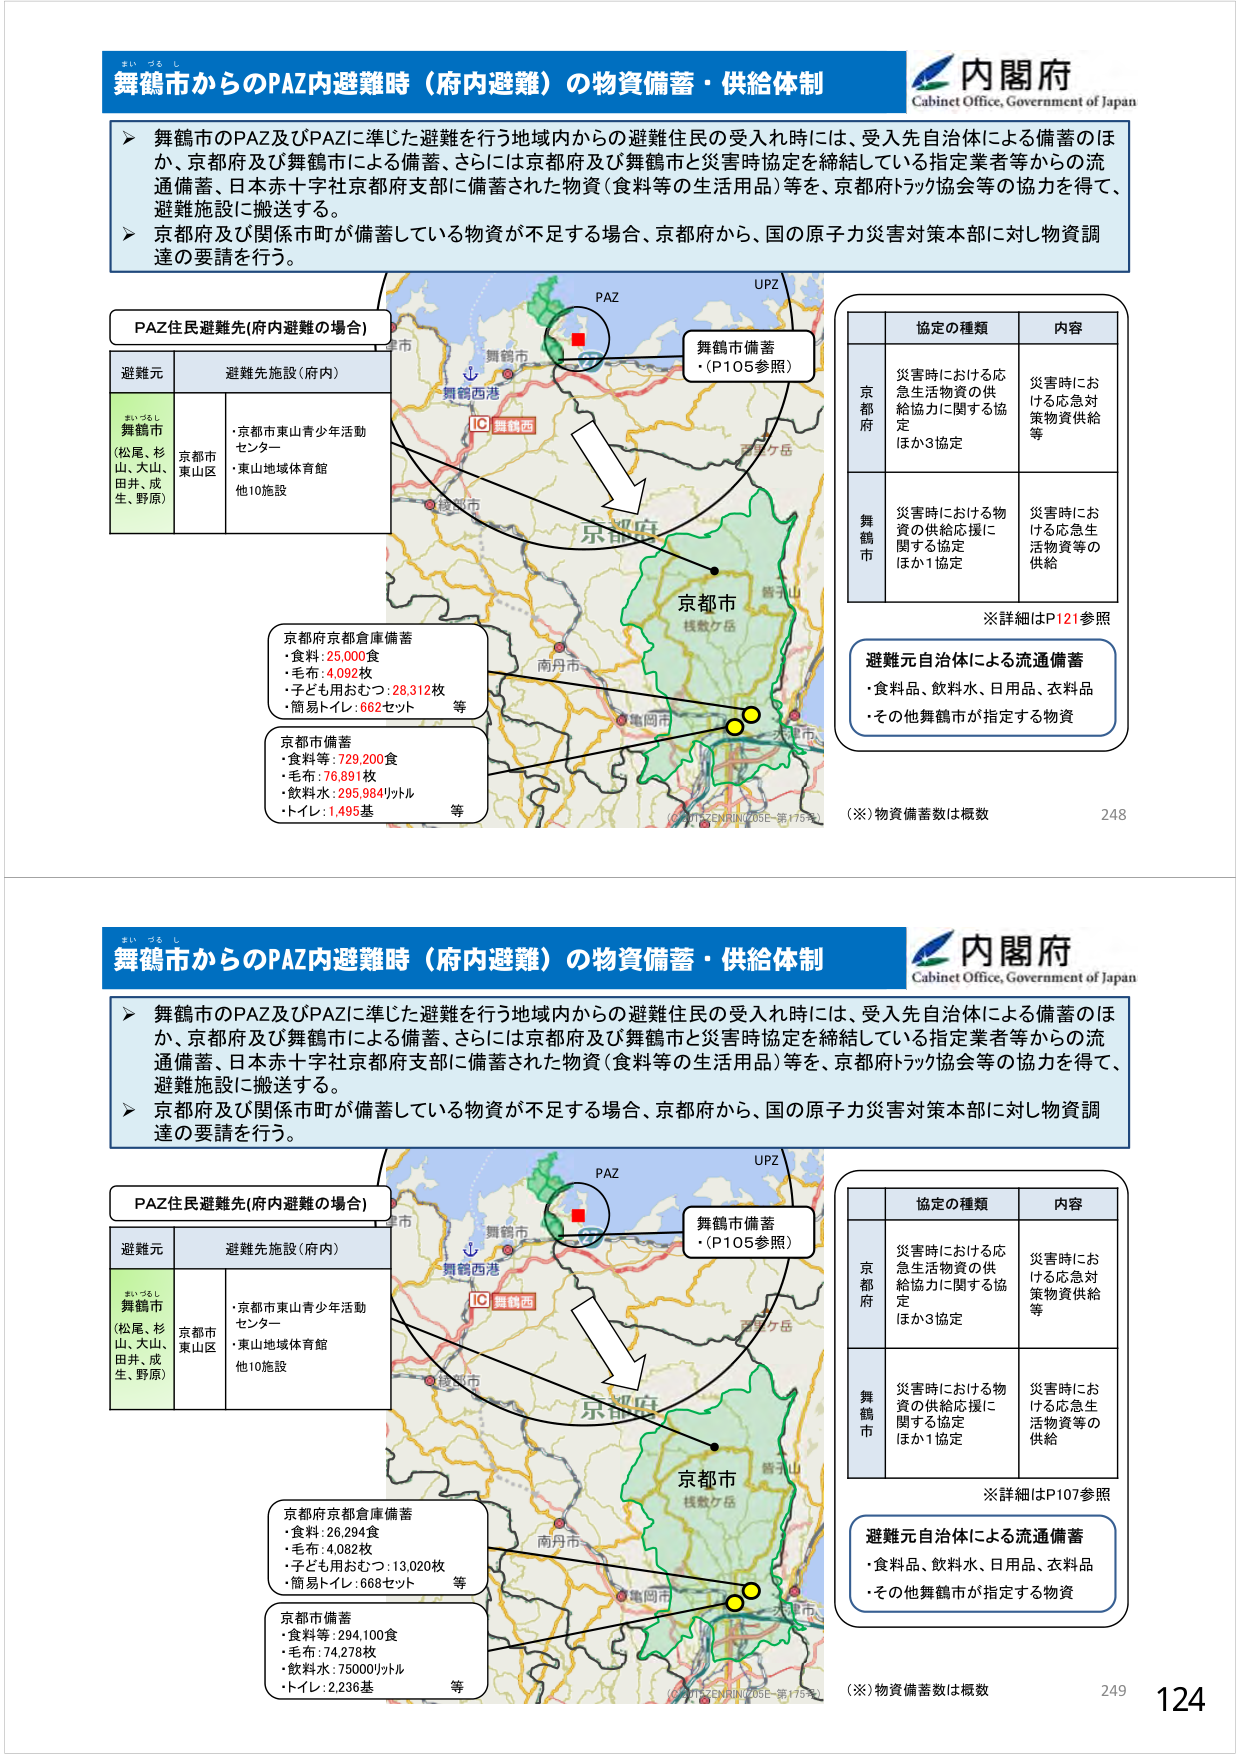
舞鶴市からのPAZ内避難時（府内避難）の物資備蓄・供給体制
内閣府
Cabinet Office, Government of Japan

➤ 舞鶴市のPAZ及びPAZIに準じた避難を行う地域内からの避難住民の受入れ時には、受入先自治体による備蓄のほか、京都府及び舞鶴市による備蓄、さらには京都府及び舞鶴市と災害時協定を締結している指定業者等からの流通備蓄、日本赤十字社京都府支部に備蓄された物資（食料等の生活用品）等を、京都府トラック協会等の協力を得て、避難施設に搬送する。
➤ 京都府及び関係市町が備蓄している物資が不足する場合、京都府から、国の原子力災害対策本部に対し物資調達の要請を行う。

PAZ住民避難先（府内避難の場合）
避難元
舞鶴市
（松尾、杉山、大山、田井、成生、野原）
避難先施設（府内）
・京都市東山青少年活動センター
・東山地域体育館
他10施設

舞鶴市備蓄
・（P105参照）

京都府京都市倉庫備蓄
・食料：25,000食
・毛布：4,092枚
・子ども用おむつ：28,312枚
・簡易トイレ：662セット
等

京都市備蓄
・食料等：729,200食
・毛布：76,891枚
・飲料水：295,984リットル
・トイレ：1,495基
等

協定の種類
内容
京都府
災害時における応急生活物資の供給協力に関する協定
ほか3協定
災害時における応急対策物資供給等
舞鶴市
災害時における物資の供給応援に関する協定
ほか1協定
災害時における応急生活物資等の供給

※詳細はP121参照

避難元自治体による流通備蓄
・食料品、飲料水、日用品、衣料品
・その他舞鶴市が指定する物資

（※）物資備蓄数は概数
248

舞鶴市からのPAZ内避難時（府内避難）の物資備蓄・供給体制
内閣府
Cabinet Office, Government of Japan

➤ 舞鶴市のPAZ及びPAZIに準じた避難を行う地域内からの避難住民の受入れ時には、受入先自治体による備蓄のほか、京都府及び舞鶴市による備蓄、さらには京都府及び舞鶴市と災害時協定を締結している指定業者等からの流通備蓄、日本赤十字社京都府支部に備蓄された物資（食料等の生活用品）等を、京都府トラック協会等の協力を得て、避難施設に搬送する。
➤ 京都府及び関係市町が備蓄している物資が不足する場合、京都府から、国の原子力災害対策本部に対し物資調達の要請を行う。

PAZ住民避難先（府内避難の場合）
避難元
舞鶴市
（松尾、杉山、大山、田井、成生、野原）
避難先施設（府内）
・京都市東山青少年活動センター
・東山地域体育館
他10施設

舞鶴市備蓄
・（P105参照）

京都府京都市倉庫備蓄
・食料：26,204食
・毛布：4,082枚
・子ども用おむつ：13,020枚
・簡易トイレ：668セット
等

京都市備蓄
・食料等：294,100食
・毛布：74,278枚
・飲料水：75000リットル
・トイレ：2,236基
等

協定の種類
内容
京都府
災害時における応急生活物資の供給協力に関する協定
ほか3協定
災害時における応急対策物資供給等
舞鶴市
災害時における物資の供給応援に関する協定
ほか1協定
災害時における応急生活物資等の供給

※詳細はP107参照

避難元自治体による流通備蓄
・食料品、飲料水、日用品、衣料品
・その他舞鶴市が指定する物資

（※）物資備蓄数は概数
249
124